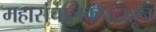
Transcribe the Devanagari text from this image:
महासंचालकपदाहून